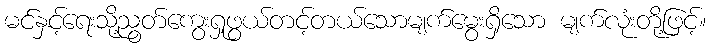
မင်နှင့်ရေးသို့ညွတ်ကွေးရှုဖွယ်တင့်တယ်သောမျက်မွေးရှိသော မျက်လုံးတို့ဖြင့်။